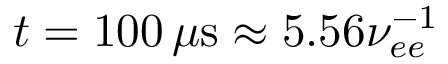
t = 1 0 0 \, \mu \mathrm { s } \approx 5 . 5 6 \nu _ { e e } ^ { - 1 }